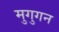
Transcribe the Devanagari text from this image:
मुगुगन